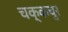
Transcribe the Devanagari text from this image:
चक्कचुर